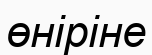
өніріне